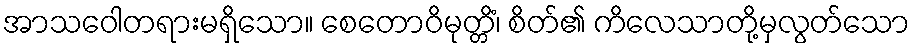
အာသဝေါတရားမရှိသော။ စေတောဝိမုတ္တိံ၊ စိတ်၏ ကိလေသာတို့မှလွတ်သော